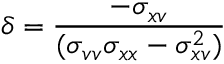
\delta = \frac { - \sigma _ { x v } } { ( \sigma _ { v v } \sigma _ { x x } - \sigma _ { x v } ^ { 2 } ) }